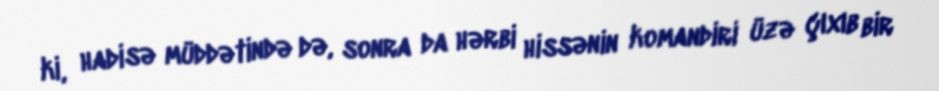
ki, hadisə müddətində də, sonra da hərbi hissənin komandiri üzə çıxıb bir